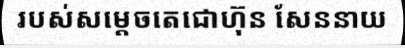
របស់សម្តេចតេជោហ៊ុន សែននាយ